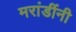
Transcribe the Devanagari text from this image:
मरांडींनी